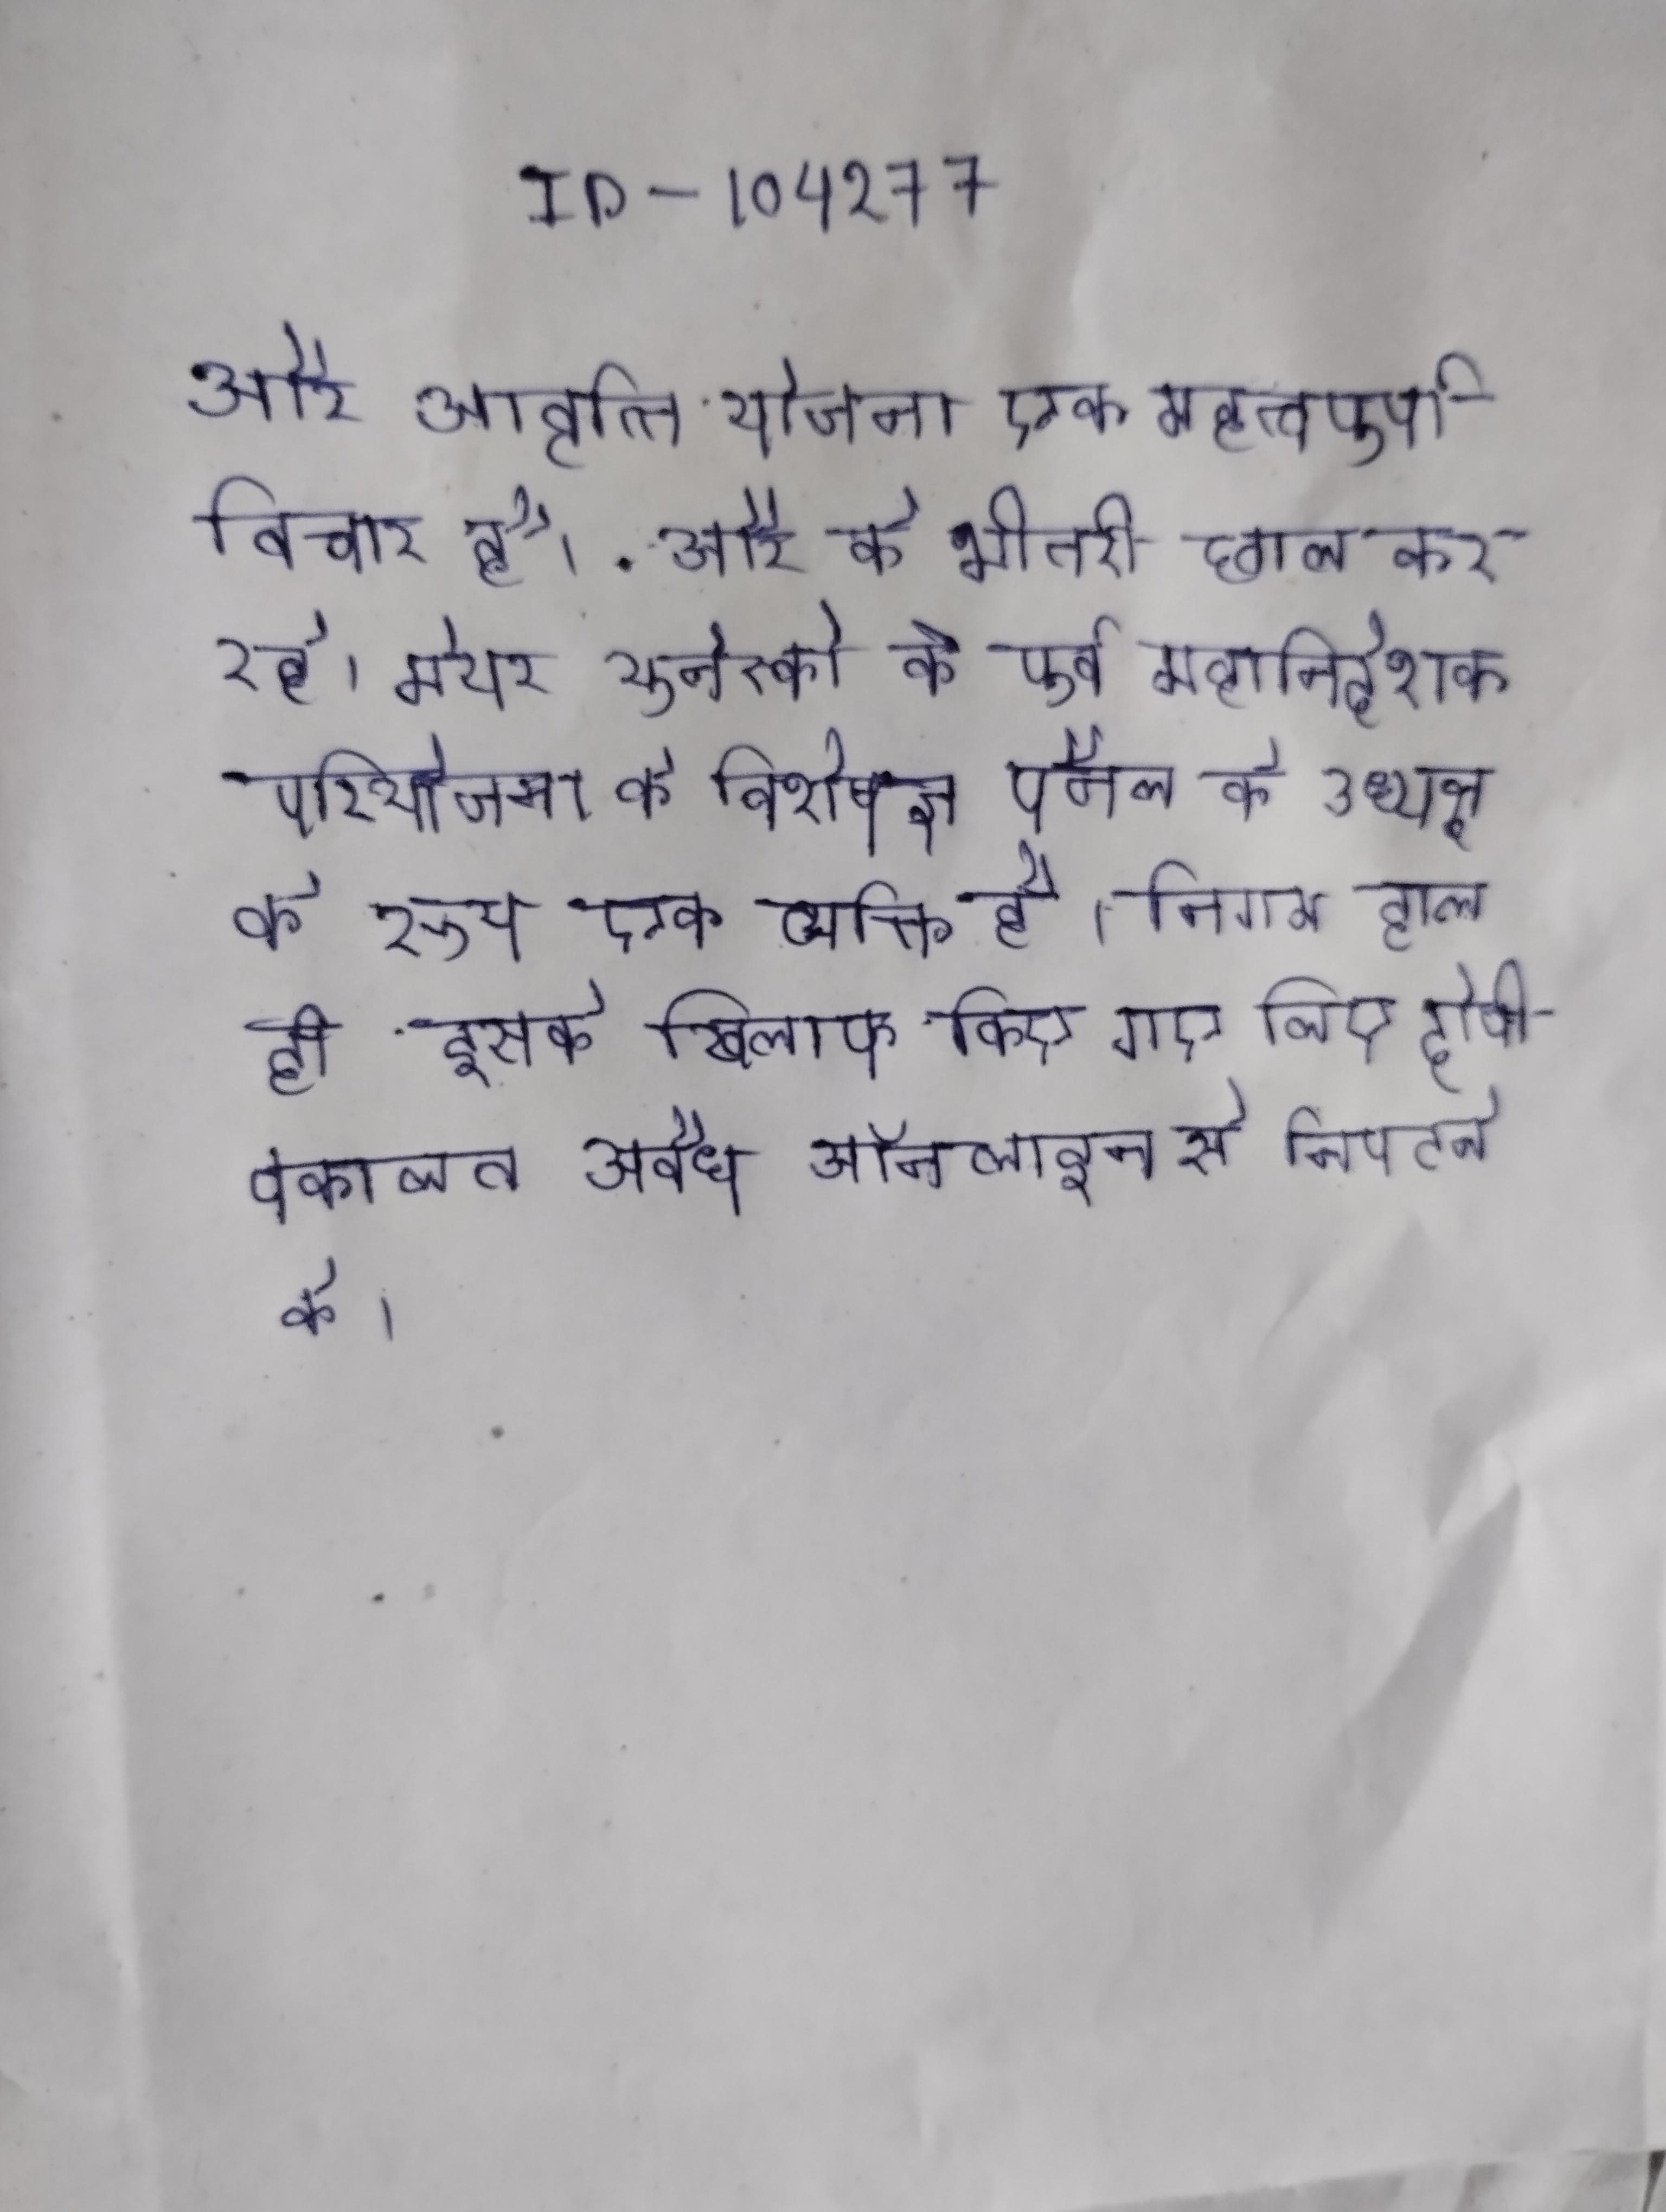
और आवृत्ति योजना एक महत्वपूर्ण विचार है । . और के भीतरी छाल कर रहे । मेयर यूनेस्को के पूर्व महानिदेशक परियोजना के विशेषज्ञ पैनल के अध्यक्ष के रूप एक व्यक्ति है । निगम हाल ही इसके खिलाफ किए गए लिए दोषी वकालत अवैध ऑनलाइन से निपटने के ।